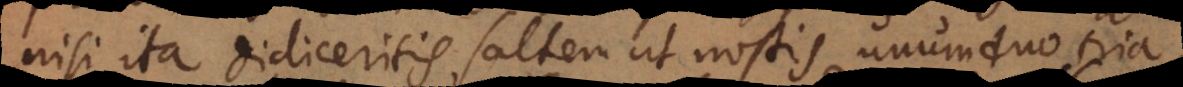
nisi ita didiceritis saltem ut nostis unum, duo, tria,